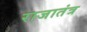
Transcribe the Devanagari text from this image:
राजातंत्र